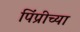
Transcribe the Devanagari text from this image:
पिंप्रीच्या